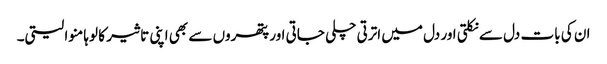
ان کی بات دل سے نکلتی اور دل میں اترتی چلی جاتی اور پتھروں سے بھی اپنی تاثیر کا لوہا منوا لیتی۔